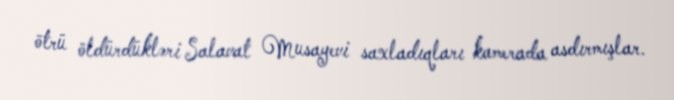
ötrü öldürdükləri Salavat Musayevi saxladıqları kamerada asdırmışlar.